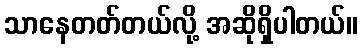
သာနေတတ်တယ်လို့ အဆိုရှိပါတယ်။